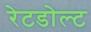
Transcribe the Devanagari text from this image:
रेटडोल्ट